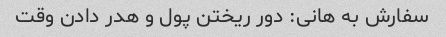
سفارش به هانی: دور ریختن پول و هدر دادن وقت